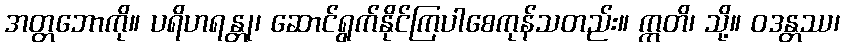
အတ္တဘောကို။ ပရိဟရန္တု၊ ဆောင်ရွက်နိုင်ကြပါစေကုန်သတည်း။ ဣတိ၊ သို့။ ဝဒန္တဿ၊